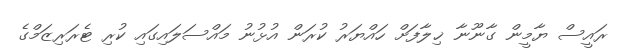
ރައީސް ޔާމީން ގާނޫނާ ޚިލާފަށް ހައްޔަރު ކުރަން އުޅުނު މައްސަލައިގައި ކުރި ޓެރަރިޒަމްގެ